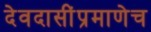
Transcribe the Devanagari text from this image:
देवदासींप्रमाणेच